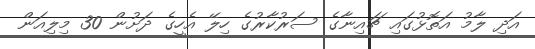
އަދި ލާމު އަތޮޅުގައި ޗައިނާގެ ސަރުކާރުގެ ހިލޭ އެހީގެ ދަށުން 30 މިިލިއަން